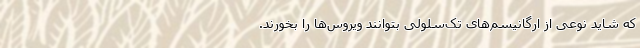
که شاید نوعی از ارگانیسم‌های تک‌سلولی بتوانند ویروس‌ها را بخورند.